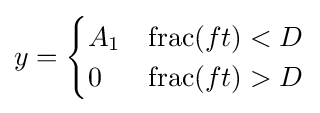
y={\begin{cases}A_{1}&\operatorname {frac} (ft)<D\\0&\operatorname {frac} (ft)>D\end{cases}}